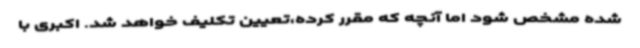
شده مشخص شود اما آنچه که مقرر کرده،تعیین تکلیف خواهد شد. اکبری با